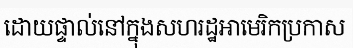
ដោយផ្ទាល់នៅក្នុងសហរដ្ឋអាមេរិកប្រកាស